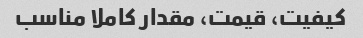
کیفیت، قیمت، مقدار کاملا مناسب